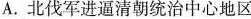
A.北伐军进逼清朝统治中心地区